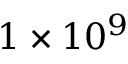
1 \times 1 0 ^ { 9 }